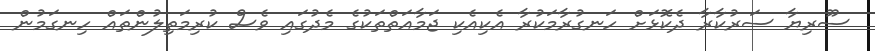
ސޫރިޔާ ސަރުކާރާ ދެކޮޅަށް ހަނގުރާމަކުރާ އެކިއެކި ޖަމާއަތްތަކުގެ މެދުގައި ވެސް ކުރިމަތިލުންތައް ހިނގަމުން